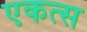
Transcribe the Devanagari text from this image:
एकत्स